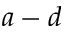
a - d